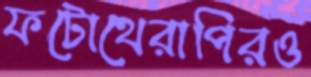
ফটোথেরাপিরও